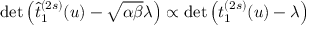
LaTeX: \operatorname * { d e t } \left( \widehat { t } _ { 1 } ^ { ( 2 s ) } ( u ) - \sqrt { \alpha \beta } \lambda \right) \propto \operatorname * { d e t } \left( t _ { 1 } ^ { ( 2 s ) } ( u ) - \lambda \right)